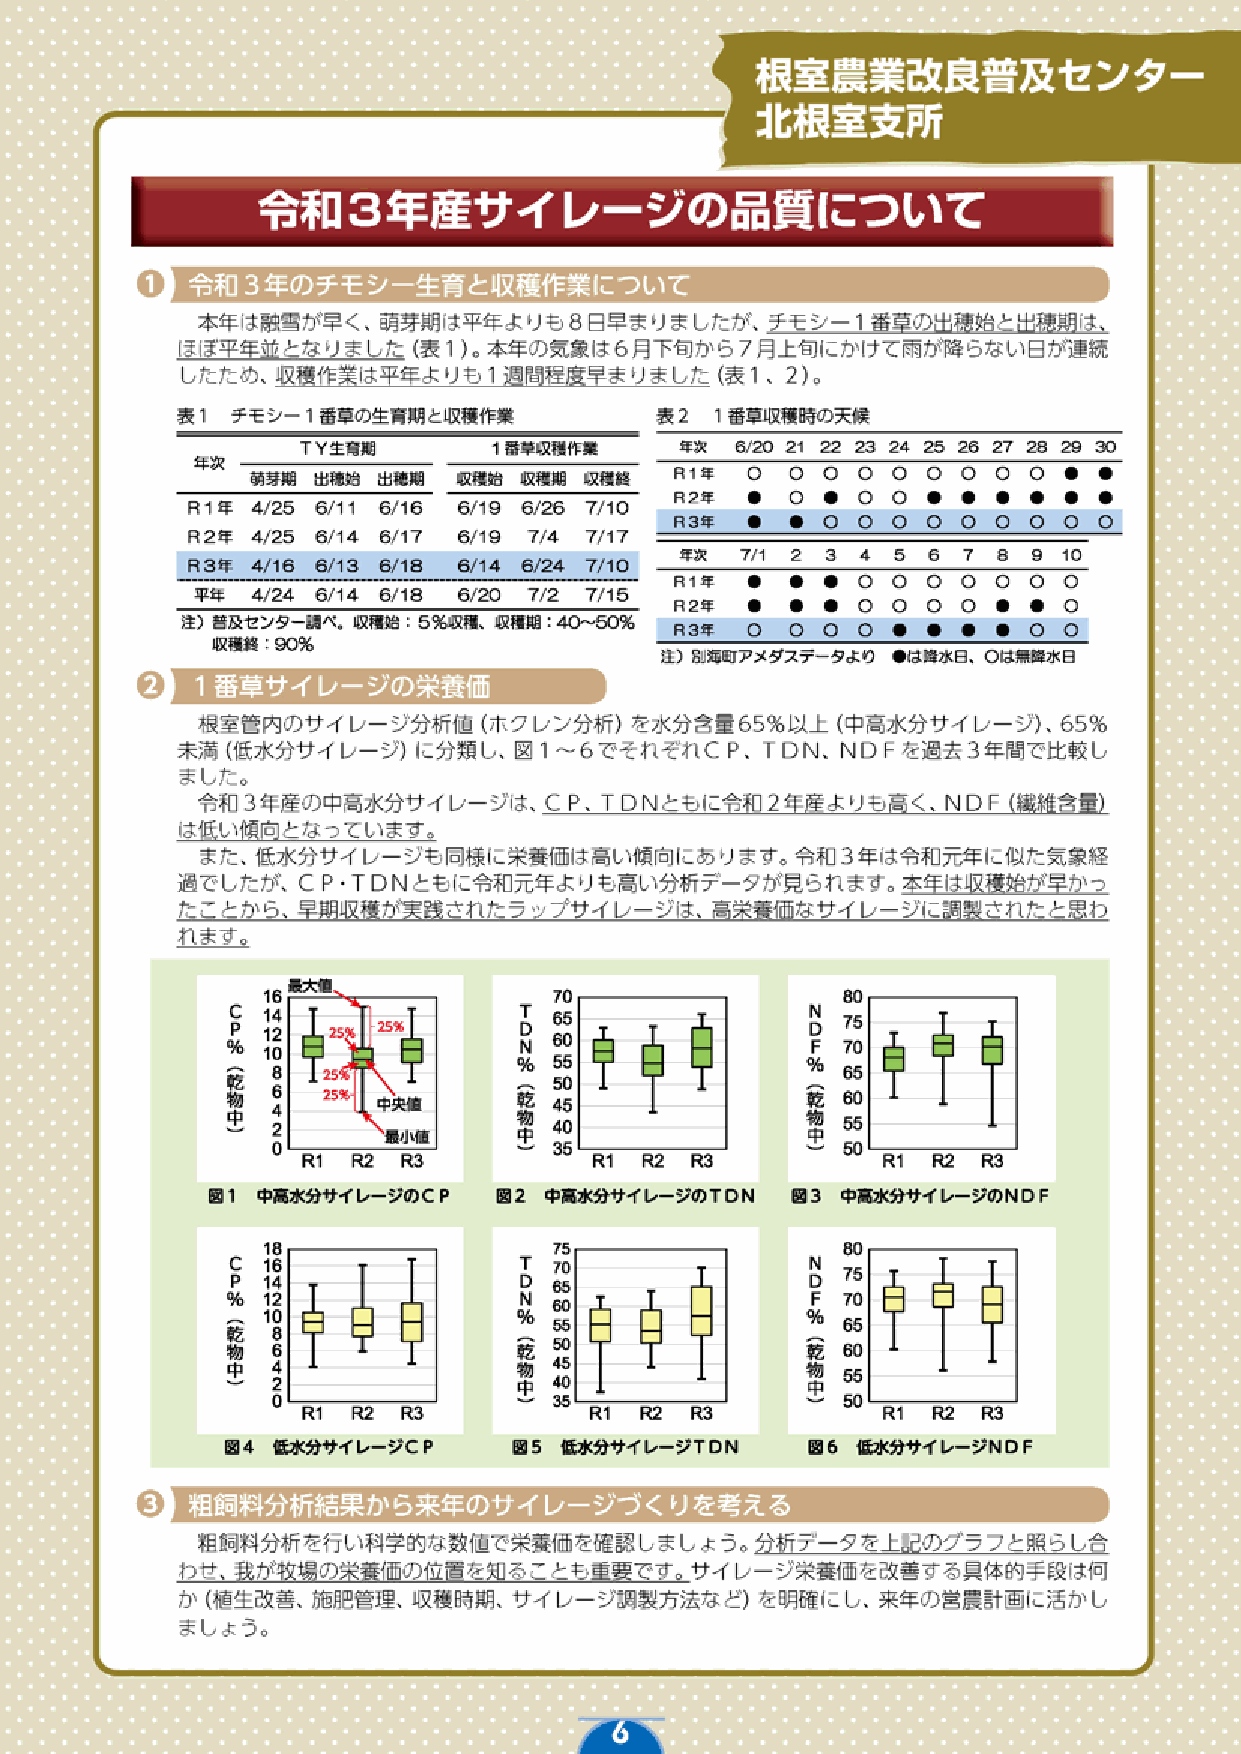
7                                       6